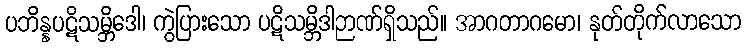
ပဘိန္နပဋိသမ္ဘိဒေါ၊ ကွဲပြားသော ပဋိသမ္ဘိဒါဉာဏ်ရှိသည်။ အာဂတာဂမော၊ နုတ်တိုက်လာသော